Annual report on the Civil Veterinary Department, Burma (including the Insein Veterinary School) - 1932-1941
Year: 1932
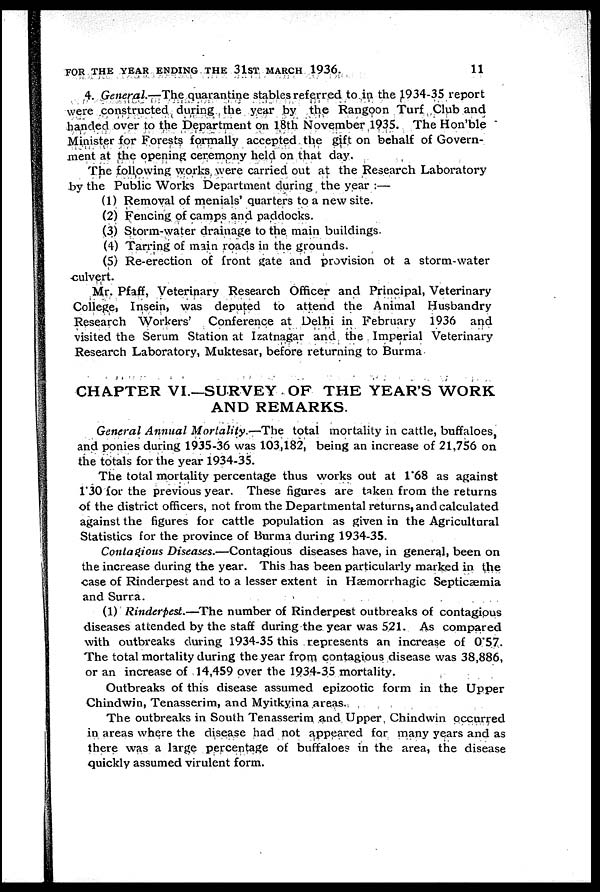
FOR THE YEAR ENDING THE 31ST MARCH 1936.
11
4. General.—The quarantine stables referred to in the 1934-35 report
were constructed during the year by the Rangoon Turf Club and
handed over to the Department on 18th November 1935. The Hon'ble
Minister for Forests formally accepted the gift on behalf of Govern-
ment at the opening ceremony held on that day.
The following works were carried out at the Research Laboratory
by the Public Works Department during the year :—
(1) Removal of menials' quarters to a new site.
(2) Fencing of camps and paddocks.
(3) Storm-water drainage to the main buildings.
(4) Tarring of main roads in the grounds.
(5) Re-erection of front gate and provision of a storm-water
culvert.
Mr. Pfaff, Veterinary Research Officer and Principal, Veterinary
College, Insein, was deputed to attend the Animal Husbandry
Research Workers' Conference at Delhi in February 1936 and
visited the Serum Station at Izatnagar and the Imperial Veterinary
Research Laboratory, Muktesar, before returning to Burma
CHAPTER VI.—SURVEY OF THE YEARS WORK
AND REMARKS.
General Annual Mortality.—The total mortality in cattle, buffaloes,
and ponies during 1935-36 was 103,182, being an increase of 21,756 on
the totals for the year 1934-35.
The total mortality percentage thus works out at 1.68 as against
1'30 for the previous year. These figures are taken from the returns
of the district officers, not from the Departmental returns, and calculated
against the figures for cattle population as given in the Agricultural
Statistics for the province of Burma during 1934-35.
Contagious Diseases.—Contagious diseases have, in general, been on
the increase during the year. This has been particularly marked in the
case of Rinderpest and to a lesser extent in Hæmorrhagic Septicæmia
and Surra.
(1) Rinderpest.—The number of Rinderpest outbreaks of contagious
diseases attended by the staff during the year was 521. As compared
with outbreaks during 1934-35 this represents an increase of 0.57.
The total mortality during the year from contagious disease was 38,886,
or an increase of 14,459 over the 1934-35 mortality.
Outbreaks of this disease assumed epizootic form in the Upper
Chindwin, Tenasserim, and Myitkyina areas.
The outbreaks in South Tenasserim and Upper Chindwin occurred
in areas where the disease had not appeared for many years and as
there was a large percentage of buffaloes in the area, the disease
quickly assumed virulent form.